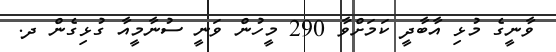
ވާނީގެ މުޅި އާބާދީ ކަމަށްވާ 290 މީހުން ވަނީ ސުނާމީއާ ގުޅިގެން ދ.